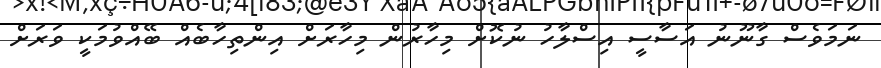
ނަމަވެސް ގާނޫނު އަސާސީ އިސްލާހު ނުކޮށް މިހާރުން މިހާރަށް އިންތިހާބެއް ބޭއްވުމަކީ ވަރަށް